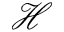
\mathcal { H }